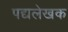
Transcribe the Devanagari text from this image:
पद्यलेखक